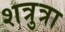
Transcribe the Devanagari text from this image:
शत्रुत्रा